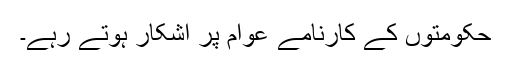
حکومتوں کے کارنامے عوام پر آشکار ہوتے رہے۔